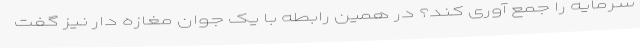
سرمایه را جمع آوری کند؟ در همین رابطه با یک جوان مغازه دار نیز گفت